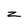
Character: z